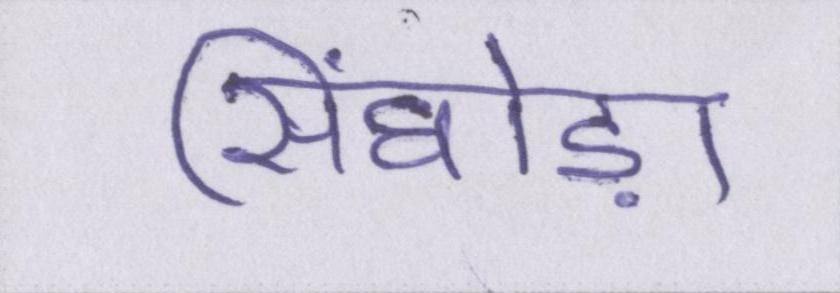
सिंघोड़ा